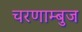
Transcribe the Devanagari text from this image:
चरणाम्बुज